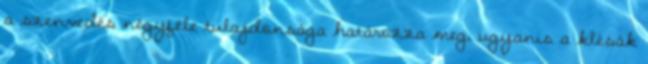
a szenvedés négyféle tulajdonsága határozza meg, ugyanis a klésák